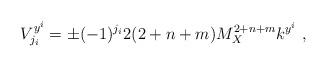
LaTeX: \begin{align*}V^{y^i}_{j_i}= \pm (-1)^{j_i} 2 (2+n+m) M_X^{2+n+m} k^{y^i} ~,~\,\end{align*}